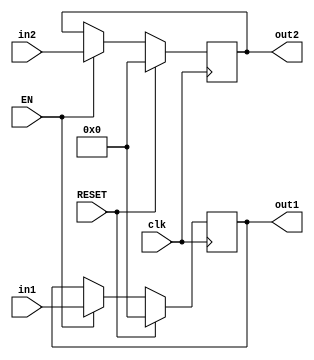
`timescale 1ns / 1ps
//////////////////////////////////////////////////////////////////////////////////
// Company: 
// Engineer: 
// 
// Design Name: 
// Module Name: regPipe
// Project Name: 
// Target Devices: 
// Tool Versions: 
// Description: 
// 
// Dependencies: 
// 
// Revision:
// Revision 0.01 - File Created
// Additional Comments:
// 
//////////////////////////////////////////////////////////////////////////////////


module regPipe(clk, RESET, EN, in1, in2, out1, out2);
input[31:0] in1, in2;
input clk, RESET, EN;
output[31:0] out1, out2;
reg[31:0] out1, out2;

always @(posedge clk)
begin
if (RESET) 
begin
    out1 = 0;
    out2 = 0;
end
else
if (EN)
begin
    out1 = in1;
    out2 = in2;
end
end
endmodule